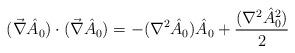
LaTeX: \begin{align*}(\vec{\nabla}\hat{A}_{0})\cdot (\vec{\nabla}\hat{A}_{0}) = - (\nabla^{2}\hat{A}_{0})\hat{A}_{0} + \frac{(\nabla^{2}\hat{A}_{0}^{2})}{2}\end{align*}